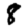
Digit: 8